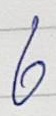
6